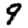
Digit: 9